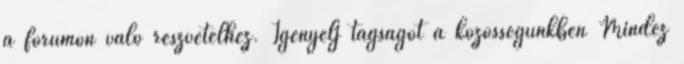
a fórumon való részvételhez. Igényelj tagságot a közösségünkben Mindez